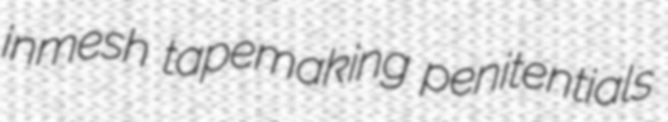
inmesh tapemaking penitentials